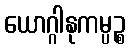
ယောဂ္ဂါနုကမ္ပဉ္စ